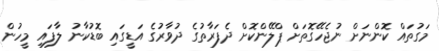
މަގުތައް ކޮންނަށް ނުޖެހޭގޮތަށް ޕްލޭންކޮށް ދެފަރާތުގެ ދުވާރުގެ އަޑީގައި ބޮޑުކާނު ލާފައި މީހުން